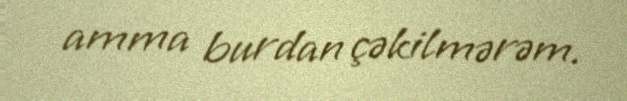
amma burdan çəkilmərəm.